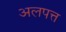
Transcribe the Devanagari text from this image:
अलपत्त